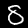
Digit: 8